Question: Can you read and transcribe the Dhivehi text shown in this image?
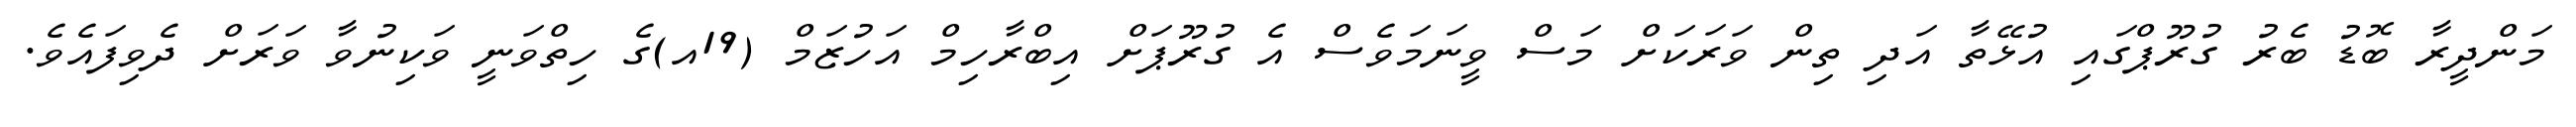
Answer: މަންދީރާ ބޮޑު ބެރު ގުރޫޕްގައި އުޅޭތާ އަދި ތިން ވަރަކަށް މަސް ވީނަމަވެސް އެ ގުރޫޕަށް އިބްރާހިމް އަހުޒަމް (19އ)ގެ ހިތްވަނީ ވަކިނުވާ ވަރަށް ދެވިފައެވެ.